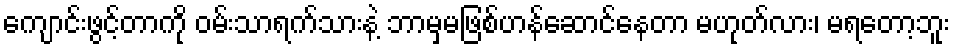
ကျောင်းဖွင့်တာကို ဝမ်းသာရက်သားနဲ့ ဘာမှမဖြစ်ဟန်ဆောင်နေတာ မဟုတ်လား၊ မရတော့ဘူး